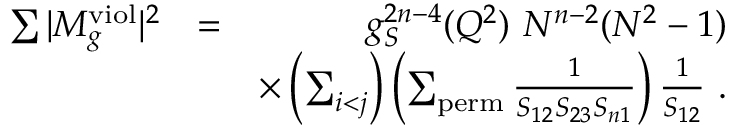
\begin{array} { r l r } { \sum \vert M _ { g } ^ { \mathrm { v i o l } } \vert ^ { 2 } } & { = } & { g _ { S } ^ { 2 n - 4 } ( Q ^ { 2 } ) ~ N ^ { n - 2 } ( N ^ { 2 } - 1 ) } \\ & { } & { \times \left( \sum _ { i < j } \right) \left( \sum _ { \mathrm { p e r m } } \frac { 1 } { S _ { 1 2 } S _ { 2 3 } S _ { n 1 } } \right) \frac { 1 } { S _ { 1 2 } } ~ . } \end{array}